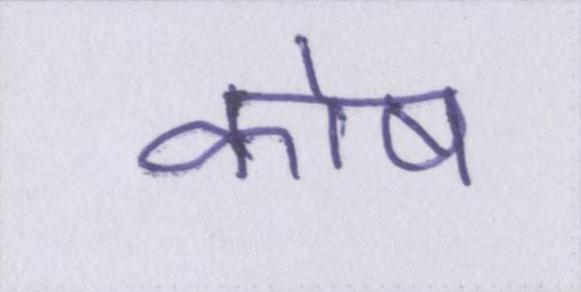
कोष